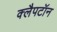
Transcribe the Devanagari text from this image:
क्लैपटॉन